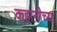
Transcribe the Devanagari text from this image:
कहानीच्या